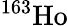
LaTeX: ^{163}\mathrm{Ho}